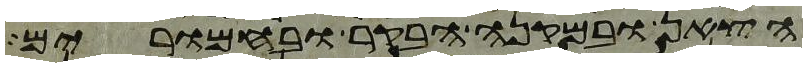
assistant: הצאן ובמקנה הבקר ובחמרים